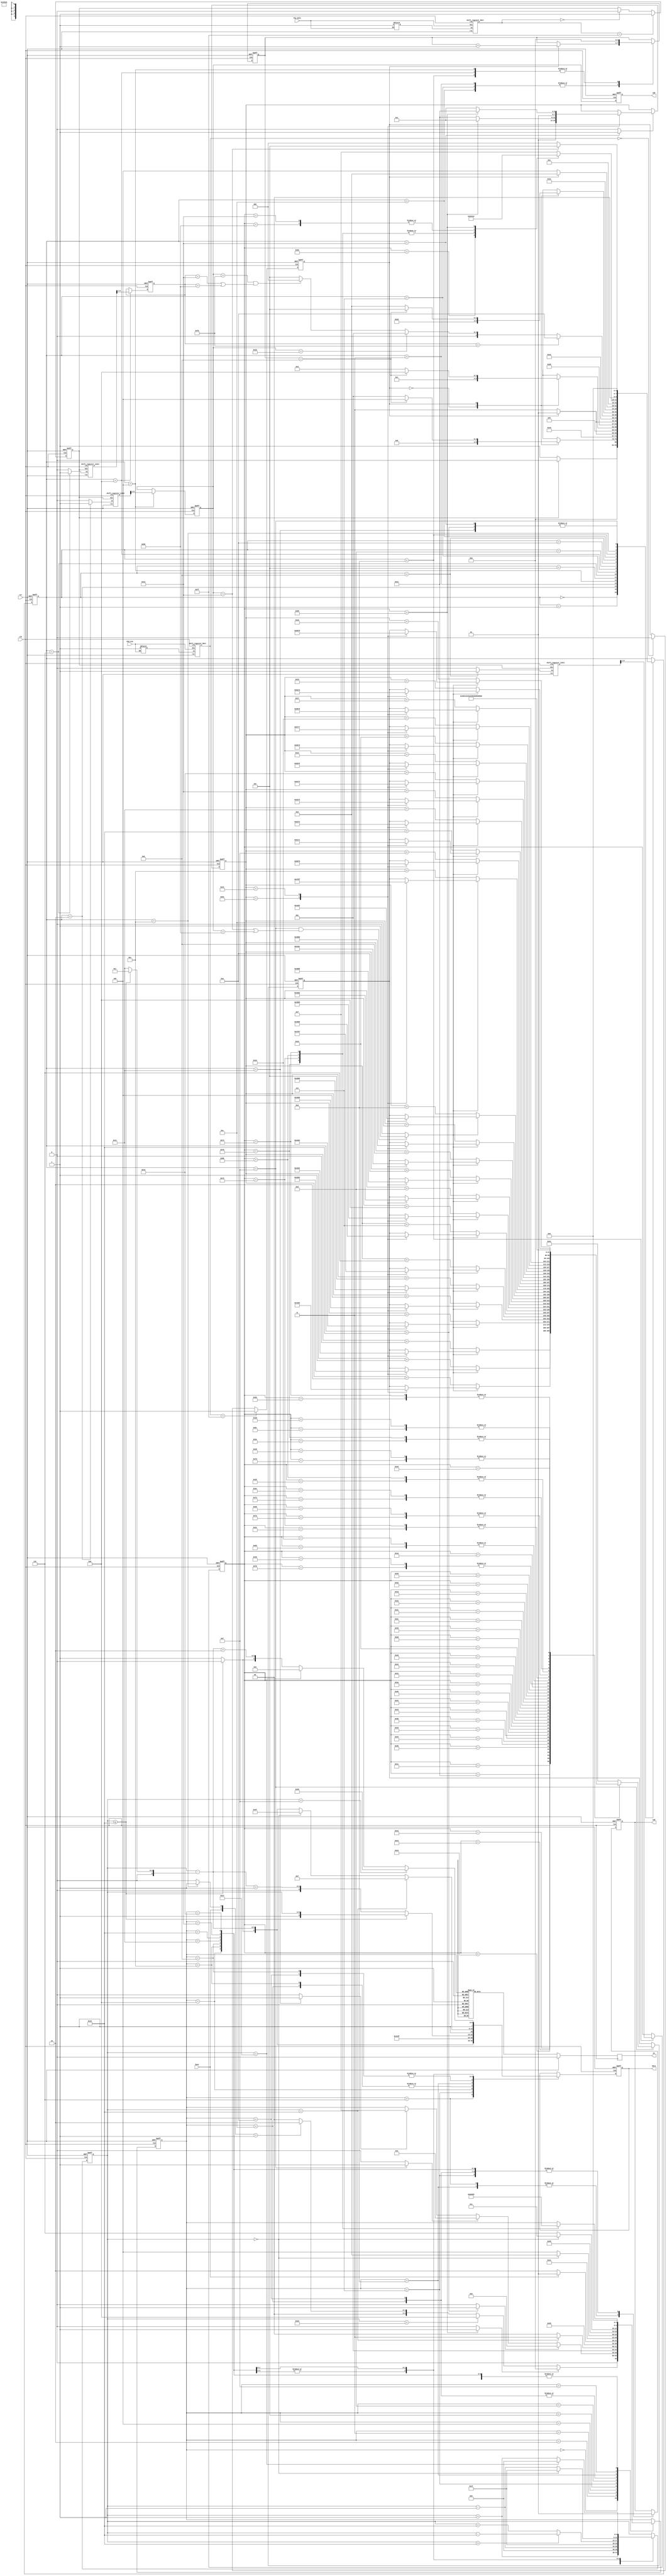
`timescale 1ns / 1ps
module snaptest(
  input clk,
  input rst,
  input busy,
  input PS2_CLK,
  input PS2_DATA,
  output reg en,
  output reg cmd,
  output reg [7:0] data,
  output reg [7:0] LED
  );

  reg ps2cf;
  reg ps2df;

  reg en_sr_clk_filter;
  reg en_sr_data_filter;
  wire [7:0] ps2_clk_filter;
  wire [7:0] ps2_data_filter;

  shift_register_8bit S1 (
    .clk(clk),
    .rst(rst),
    .en(en_sr_clk_filter),
    .din(PS2_CLK),
    .sr(ps2_clk_filter)
    );

  shift_register_8bit S2 (
    .clk(clk),
    .rst(rst),
    .en(en_sr_data_filter),
    .din(PS2_DATA),
    .sr(ps2_data_filter)
    );

  always @ (*)
    if (PS2_CLK) en_sr_clk_filter <= 1'b1;

  always @ (posedge clk, posedge rst)
    if (rst)
      ps2cf <= 1'b1;  // idle state
    else
      if (ps2_clk_filter == 8'hff) ps2cf <= 1'b1;
      else if (ps2_clk_filter == 8'h00) ps2cf <= 0;

  always @ (*)
    if (PS2_DATA) en_sr_data_filter <= 1'b1;

  always @ (posedge clk, posedge rst)
    if (rst)
      ps2df <= 1'b1;  // idle state
    else
      if (ps2_data_filter == 8'hff) ps2df <= 1'b1;
      else if (ps2_data_filter == 8'h00) ps2df <= 0;

  wire en_sr_keyval1;
  wire en_sr_keyval2;
  wire en_sr_keyval3;

  wire [10:0] sr_val1;
  wire [10:0] sr_val2;
  wire [10:0] sr_val3;

  reg [7:0] keyval1;
  reg [7:0] keyval2;
  reg [7:0] keyval3;

  shift_register_11bit SE1 (
    .clk(clk),
    .rst(rst),
    .en(en_sr_keyval1),
    .din(ps2df),
    .sr(sr_val1)
    );

  shift_register_11bit SE2 (
    .clk(clk),
    .rst(rst),
    .en(en_sr_keyval2),
    .din(ps2df),
    .sr(sr_val2)
    );

  shift_register_11bit SE3 (
    .clk(clk),
    .rst(rst),
    .en(en_sr_keyval3),
    .din(ps2df),
    .sr(sr_val3)
    );

  reg [4:0] state;
  reg [3:0] bit_count;

  /**
    * "State machine for getting keyboard data from PS2_CLK and PS2_DATA signal"
    *
    * WTCLKLO, SHIFT_IN, WTCLKHI, GETKEY -> The combination of these states gets
    * 11 bits of data from PS2_DATA and PS2_CLK signals. This data is stored
    * in a shift register
    */
  parameter IDLE = 5'd0;
  parameter WTCLKLO1 = 5'd1;
  parameter SHIFT1_IN = 5'd2;
  parameter WTCLKHI1 = 5'd3;
  parameter GETKEY1 = 5'd4;
  parameter WTCLKLO2 = 5'd5;
  parameter SHIFT2_IN = 5'd6;
  parameter WTCLKHI2 = 5'd7;
  parameter GETKEY2 = 5'd8;
  parameter BREAKEY = 5'd9;
  parameter WTCLKLO3 = 5'd10;
  parameter SHIFT3_IN = 5'd11;
  parameter WTCLKHI3 = 5'd12;
  parameter GETKEY3 = 5'd13;
  parameter SENDDATA = 5'd14;
  parameter SENDASCII = 5'd15;
  parameter SENDBACKSPACE = 5'd16;
  parameter SENDARROWKEY = 5'd17;
  parameter SENDCAPSLOCK = 5'd18;

  always @ (posedge clk, posedge rst) begin
    if (rst) begin
      state <= 0;
    end
    else begin
      case (state)
        IDLE:
          if (ps2df) state <= IDLE;
          else state <= WTCLKLO1;
        WTCLKLO1:
          case (ps2cf)
            1'b0: state <= SHIFT1_IN;
            1'b1:
              if (bit_count == 11) state <= GETKEY1;
              else state <= WTCLKLO1;
          endcase
        SHIFT1_IN: state <= WTCLKHI1;
        WTCLKHI1:
          if (ps2cf) state <= WTCLKLO1;
          else state <= WTCLKHI1;
        GETKEY1: state <= WTCLKLO2;

		    WTCLKLO2:
          case (ps2cf)
            1'b0: state <= SHIFT2_IN;
            1'b1:
              if (bit_count == 11) state <= GETKEY2;
              else state <= WTCLKLO2;
          endcase
        SHIFT2_IN: state <= WTCLKHI2;
        WTCLKHI2:
          if (ps2cf) state <= WTCLKLO2;
          else state <= WTCLKHI2;
        GETKEY2: state <= BREAKEY;

        BREAKEY:
          if (keyval2 == 8'hF0)
            state <= WTCLKLO3;
          else if (keyval1 == 8'hE0)
            state <= WTCLKLO1;
          else if ((keyval1 == 8'hF0) && ((keyval2 == 8'h12) || (keyval2 == 8'h59))) // for shift key release
            state <= IDLE;
          else
            state <= WTCLKLO2;

        WTCLKLO3:
          case (ps2cf)
            1'b0: state <= SHIFT3_IN;
            1'b1:
              if (bit_count == 11) state <= GETKEY3;
              else state <= WTCLKLO3;
          endcase
        SHIFT3_IN: state <= WTCLKHI3;
        WTCLKHI3:
          if (ps2cf) state <= WTCLKLO3;
          else state <= WTCLKHI3;
        GETKEY3: state <= SENDDATA;
		    SENDDATA:
    			case (keyval3)
    				8'h66: state <= SENDBACKSPACE;
    				8'h75, 8'h6B, 8'h72, 8'h74: state <= SENDARROWKEY;
            8'h12, 8'h59: state <= IDLE; // if shift key is released w/o letter
            8'h58: state <= SENDCAPSLOCK;
    				default: state <= SENDASCII;
    			endcase

        SENDASCII:
          if (keyval1 == 8'h12)
            state <= WTCLKLO2;
          else
            state <= IDLE;

		    SENDARROWKEY, SENDBACKSPACE, SENDCAPSLOCK: state <= IDLE;
		endcase
    end
  end

  always @ (posedge clk, posedge rst) begin
    if (rst) begin
      bit_count <= 0;
    end
    else begin
      case (state)
        WTCLKHI1, WTCLKHI2, WTCLKHI3:
          if (ps2cf) bit_count <= bit_count + 1;
        GETKEY1, GETKEY2, GETKEY3:
          bit_count <= 0;
        default:
          bit_count <= bit_count;
      endcase
    end
  end

  assign en_sr_keyval1 = (state == SHIFT1_IN) ? 1'b1 : 0;
  assign en_sr_keyval2 = (state == SHIFT2_IN) ? 1'b1 : 0;
  assign en_sr_keyval3 = (state == SHIFT3_IN) ? 1'b1 : 0;

  always @ (posedge clk, posedge rst) begin
    if (rst)
      keyval1 <= 0;
    else
      if (state == GETKEY1)
        keyval1 <= sr_val1[9:1];
  end

  always @ (posedge clk, posedge rst) begin
    if (rst)
      keyval2 <= 0;
    else
      if (state == GETKEY2)
        keyval2 <= sr_val2[9:1];
  end

  always @ (posedge clk, posedge rst) begin
    if (rst)
      keyval3 <= 0;
    else
      if (state == GETKEY3)
        keyval3 <= sr_val3[9:1];
  end

	reg data_ready;
	always @ (*)
		if (state == SENDDATA)
			data_ready <= 1'b1;
		else
			data_ready <= 0;


	reg [7:0] ascii;
	reg ascii_read;
	reg backspace_read;
	reg arrowkey_read;
  reg shiftkey_read;
  reg capslock_read;

  always @ (*)
    if (state == SENDCAPSLOCK)
      capslock_read <= 1'b1;
    else
      capslock_read <= 0;

  always @ (*)
    if ((state == SENDASCII) && ((keyval1 == 8'h12) || (keyval1 == 8'h59)))
      shiftkey_read <= 1'b1;
    else
      shiftkey_read <= 0;

  always @ (*)
    if (state == SENDASCII)
      ascii_read <= 1'b1;
    else
      ascii_read <= 0;

  always @ (*)
    if (state == SENDBACKSPACE)
      backspace_read <= 1'b1;
    else
      backspace_read <= 0;

  always @ (*)
    if (state == SENDARROWKEY)
      arrowkey_read <= 1'b1;
    else
      arrowkey_read <= 0;

  parameter caps_small_base = 8'h61;
	parameter caps_large_base = 8'h41;
	reg [7:0] caps_base;

	always @ (posedge clk, posedge rst)
    if (rst)
      caps_base <= caps_small_base;
    else
      if (capslock_read)
        case (caps_base)
          caps_small_base:
            if (keyval3 == 8'h58) caps_base <= caps_large_base;
            else caps_base <= caps_small_base;
          caps_large_base:
            if (keyval3 == 8'h58) caps_base <= caps_small_base;
            else caps_base <= caps_large_base;
        endcase

	always @ (posedge clk, posedge rst) begin
		if (rst) begin
			ascii <= 0;
		end
		else begin
			if (state == SENDASCII) begin
				case (keyval3)
					8'h1C:
            if (shiftkey_read)
              case (caps_base)
                caps_small_base: ascii <= (caps_large_base + 0);
                caps_large_base: ascii <= (caps_small_base + 0);
              endcase
            else
              ascii <= (caps_base + 0);	// a

					8'h32:
            if (shiftkey_read)
              case (caps_base)
                caps_small_base: ascii <= (caps_large_base + 1);
                caps_large_base: ascii <= (caps_small_base + 1);
              endcase
            else
              ascii <= (caps_base + 1);	// b

					8'h21:
            if (shiftkey_read)
              case (caps_base)
                caps_small_base: ascii <= (caps_large_base + 2);
                caps_large_base: ascii <= (caps_small_base + 2);
              endcase
            else
              ascii <= (caps_base + 2);	// c

					8'h23:
            if (shiftkey_read)
              case (caps_base)
                caps_small_base: ascii <= (caps_large_base + 3);
                caps_large_base: ascii <= (caps_small_base + 3);
              endcase
            else
              ascii <= (caps_base + 3);	// d

					8'h24:
            if (shiftkey_read)
              case (caps_base)
                caps_small_base: ascii <= (caps_large_base + 4);
                caps_large_base: ascii <= (caps_small_base + 4);
              endcase
            else
              ascii <= (caps_base + 4);	// e

					8'h2B:
            if (shiftkey_read)
              case (caps_base)
                caps_small_base: ascii <= (caps_large_base + 5);
                caps_large_base: ascii <= (caps_small_base + 5);
              endcase
            else
              ascii <= (caps_base + 5);	// f

					8'h34:
            if (shiftkey_read)
              case (caps_base)
                caps_small_base: ascii <= (caps_large_base + 6);
                caps_large_base: ascii <= (caps_small_base + 6);
              endcase
            else
              ascii <= (caps_base + 6);	// g

					8'h33:
            if (shiftkey_read)
              case (caps_base)
                caps_small_base: ascii <= (caps_large_base + 7);
                caps_large_base: ascii <= (caps_small_base + 7);
              endcase
            else
              ascii <= (caps_base + 7);	// h

					8'h43:
            if (shiftkey_read)
              case (caps_base)
                caps_small_base: ascii <= (caps_large_base + 8);
                caps_large_base: ascii <= (caps_small_base + 8);
              endcase
            else
              ascii <= (caps_base + 8);	// i

					8'h3B:
            if (shiftkey_read)
              case (caps_base)
                caps_small_base: ascii <= (caps_large_base + 9);
                caps_large_base: ascii <= (caps_small_base + 9);
              endcase
            else
              ascii <= (caps_base + 9);	// j

					8'h42:
            if (shiftkey_read)
              case (caps_base)
                caps_small_base: ascii <= (caps_large_base + 10);
                caps_large_base: ascii <= (caps_small_base + 10);
              endcase
            else
              ascii <= (caps_base + 10);	// k

					8'h4B:
            if (shiftkey_read)
              case (caps_base)
                caps_small_base: ascii <= (caps_large_base + 11);
                caps_large_base: ascii <= (caps_small_base + 11);
              endcase
            else
              ascii <= (caps_base + 11);	// l

					8'h3A:
            if (shiftkey_read)
              case (caps_base)
                caps_small_base: ascii <= (caps_large_base + 12);
                caps_large_base: ascii <= (caps_small_base + 12);
              endcase
            else
              ascii <= (caps_base + 12);	// m

					8'h31:
            if (shiftkey_read)
              case (caps_base)
                caps_small_base: ascii <= (caps_large_base + 13);
                caps_large_base: ascii <= (caps_small_base + 13);
              endcase
            else
              ascii <= (caps_base + 13);	// n

					8'h44:
            if (shiftkey_read)
              case (caps_base)
                caps_small_base: ascii <= (caps_large_base + 14);
                caps_large_base: ascii <= (caps_small_base + 14);
              endcase
            else
              ascii <= (caps_base + 14);	// o

					8'h4D:
            if (shiftkey_read)
              case (caps_base)
                caps_small_base: ascii <= (caps_large_base + 15);
                caps_large_base: ascii <= (caps_small_base + 15);
              endcase
            else
              ascii <= (caps_base + 15);	// p

					8'h15:
            if (shiftkey_read)
              case (caps_base)
                caps_small_base: ascii <= (caps_large_base + 16);
                caps_large_base: ascii <= (caps_small_base + 16);
              endcase
            else
              ascii <= (caps_base + 16);	// q

					8'h2D:
            if (shiftkey_read)
              case (caps_base)
                caps_small_base: ascii <= (caps_large_base + 17);
                caps_large_base: ascii <= (caps_small_base + 17);
              endcase
            else
              ascii <= (caps_base + 17);	// r

					8'h1B:
            if (shiftkey_read)
              case (caps_base)
                caps_small_base: ascii <= (caps_large_base + 18);
                caps_large_base: ascii <= (caps_small_base + 18);
              endcase
            else
              ascii <= (caps_base + 18);	// s

					8'h2C:
            if (shiftkey_read)
              case (caps_base)
                caps_small_base: ascii <= (caps_large_base + 19);
                caps_large_base: ascii <= (caps_small_base + 19);
              endcase
            else
              ascii <= (caps_base + 19);	// t

					8'h3C:
            if (shiftkey_read)
              case (caps_base)
                caps_small_base: ascii <= (caps_large_base + 20);
                caps_large_base: ascii <= (caps_small_base + 20);
              endcase
            else
              ascii <= (caps_base + 20);	// u

					8'h2A:
            if (shiftkey_read)
              case (caps_base)
                caps_small_base: ascii <= (caps_large_base + 21);
                caps_large_base: ascii <= (caps_small_base + 21);
              endcase
            else
              ascii <= (caps_base + 21);	// v

					8'h1D:
            if (shiftkey_read)
              case (caps_base)
                caps_small_base: ascii <= (caps_large_base + 22);
                caps_large_base: ascii <= (caps_small_base + 22);
              endcase
            else
              ascii <= (caps_base + 22);	// w

					8'h22:
            if (shiftkey_read)
              case (caps_base)
                caps_small_base: ascii <= (caps_large_base + 23);
                caps_large_base: ascii <= (caps_small_base + 23);
              endcase
            else
              ascii <= (caps_base + 23);	// x

					8'h35:
            if (shiftkey_read)
              case (caps_base)
                caps_small_base: ascii <= (caps_large_base + 24);
                caps_large_base: ascii <= (caps_small_base + 24);
              endcase
            else
              ascii <= (caps_base + 24);	// y

					8'h1A:
            if (shiftkey_read)
              case (caps_base)
                caps_small_base: ascii <= (caps_large_base + 25);
                caps_large_base: ascii <= (caps_small_base + 25);
              endcase
            else
              ascii <= (caps_base + 25);	// z

					8'h45, 8'h70: ascii <= 8'h30;	// 0
					8'h16, 8'h69: ascii <= 8'h31;	// 1
					8'h1E, 8'h72: ascii <= 8'h32;	// 2
					8'h26, 8'h7A: ascii <= 8'h33;	// 3
					8'h25, 8'h6B: ascii <= 8'h34;	// 4
					8'h2E, 8'h73: ascii <= 8'h35;	// 5
					8'h36, 8'h74: ascii <= 8'h36;	// 6
					8'h3D, 8'h6C: ascii <= 8'h37;	// 7
					8'h3E, 8'h75: ascii <= 8'h38;	// 8
					8'h46, 8'h7D: ascii <= 8'h39;	// 9

					8'h29: ascii <= 8'h20;
					default: ascii <= 8'h41;
				endcase
			end
		end
	end

	assign caps_lock_make_code = (keyval3 == 8'h58) ? 1'b1 : 0;

  parameter S_IDLE = 5'd0;
  parameter S_2 = 5'd2;
  parameter S_ASCII = 5'd3;
  parameter S_WRASCII1 = 5'd4;
  parameter S_WRASCII2 = 5'd5;
  parameter S_WRASCII3 = 5'd6;
  parameter S_CNT16 = 5'd7;
  parameter S_CNT32 = 5'd8;
  parameter S_BACKSPACE = 5'd9;
  parameter S_MOVEADDRLOWRIGHTA = 5'd10;
  parameter S_MOVEADDRLOWRIGHTB = 5'd11;
  parameter S_MOVEADDRLEFTA = 5'd12;
  parameter S_WRSPACE = 5'd13;
  parameter S_MOVEADDRLEFTB = 5'd14;
  parameter S_ARROWKEY = 5'd15;
  parameter S_MOVEADDRARWUP = 5'd16;
  parameter S_MOVEADDRARWDOWN = 5'd17;
  parameter S_MOVEADDRARWLEFT = 5'd18;
  parameter S_MOVEADDRARWRIGHT = 5'd19;

  reg [4:0] data_controller_state;
  reg [5:0] char_count;

  always @ (posedge clk, posedge rst)
    if (rst)
      data_controller_state <= S_IDLE;
    else
      case(data_controller_state)
        S_IDLE:
    			if (!caps_lock_make_code)
            if (char_count == 6'd32)
              data_controller_state <= S_CNT32;
            else
      				case ({busy, data_ready})
      					2'b10: data_controller_state <= S_IDLE;
      					2'b01: data_controller_state <= S_2;
      					default: data_controller_state <= S_IDLE;
      				endcase
    			else
    				data_controller_state <= S_IDLE;

        S_2:
    			if (backspace_read)
    				data_controller_state <= S_BACKSPACE;
    			else if (ascii_read)
    				data_controller_state <= S_ASCII;
    			else if (arrowkey_read)
    				data_controller_state <= S_ARROWKEY;

        S_ASCII:
          if (char_count == 6'd16)
            data_controller_state <= S_CNT16;
          else
            data_controller_state <= S_WRASCII1;

  		  S_WRASCII1: data_controller_state <= S_WRASCII2;

  		  S_WRASCII2:
    			if (!busy)
    				data_controller_state <= S_WRASCII3;
    			else
    				data_controller_state <= S_WRASCII2;

  		  S_WRASCII3: data_controller_state <= S_IDLE;

  		  S_CNT16: data_controller_state <= S_WRASCII1;
  		  S_CNT32: data_controller_state <= S_IDLE;

  		  S_BACKSPACE:
    			if (char_count == 0)
    				data_controller_state <= S_MOVEADDRLOWRIGHTA;
    			else
    				data_controller_state <= S_MOVEADDRLEFTA;

  		  S_MOVEADDRLEFTA: data_controller_state <= S_WRSPACE;
  		  S_MOVEADDRLOWRIGHTA: data_controller_state <= S_WRSPACE;

  		  S_WRSPACE:
    			if (char_count == 0)
    				data_controller_state <= S_MOVEADDRLOWRIGHTB;
    			else
    				data_controller_state <= S_MOVEADDRLEFTB;

  		  S_MOVEADDRLEFTB: data_controller_state <= S_IDLE;
  		  S_MOVEADDRLOWRIGHTB: data_controller_state <= S_IDLE;

  		  S_ARROWKEY:
          case (keyval3)
            8'h75: data_controller_state <= S_MOVEADDRARWUP;
            8'h72: data_controller_state <= S_MOVEADDRARWDOWN;
            8'h6B: data_controller_state <= S_MOVEADDRARWLEFT;
            8'h74: data_controller_state <= S_MOVEADDRARWRIGHT;
          endcase

        S_MOVEADDRARWUP: data_controller_state <= S_IDLE;
        S_MOVEADDRARWDOWN: data_controller_state <= S_IDLE;
        S_MOVEADDRARWLEFT: data_controller_state <= S_IDLE;
        S_MOVEADDRARWRIGHT: data_controller_state <= S_IDLE;
		endcase

  reg [5:0] char_count_sub;
  reg line_bit;

	// line_bit signal
	always @ (*)
    if (char_count <= 6'd16)
      line_bit <= 0;
    else
      line_bit <= 1'b1;

	// char_count_sub signal
	always @ (*)
    if (char_count <= 6'd16)
      char_count_sub <= 6'd1;
    else
      char_count_sub <= 6'd17;

	// {cmd,data} output
  always @ (posedge clk, posedge rst)
    if (rst)
      {cmd,data} <= 0;
    else
  		case (data_controller_state)
  			S_WRASCII3: {cmd,data} <= {1'b0, ascii};
  			S_CNT16: {cmd,data} <= {1'b1, 8'hC0};
  			S_CNT32: {cmd,data} <= {1'b1, 8'h80};
  			S_MOVEADDRLEFTA,
        S_MOVEADDRLEFTB:
          {cmd, data} <= {1'b1, 1'b1, line_bit, char_count[5:0] - char_count_sub};
  			S_WRSPACE: {cmd, data} <= {1'b0, 8'h20};
  			S_MOVEADDRLOWRIGHTA, S_MOVEADDRLOWRIGHTB:
  				{cmd, data} <= {1'b1, 8'hCF};

        S_MOVEADDRARWUP, S_MOVEADDRARWDOWN:
          if (line_bit)
            // char_count_sub here is 6'd17
            {cmd, data} <= {1'b1, 1'b1, ~line_bit, char_count[5:0] - char_count_sub + 6'd1};
          else
            {cmd, data} <= {1'b1, 1'b1, ~line_bit, char_count[5:0]};

        S_MOVEADDRARWLEFT:
          if (char_count == 6'd16)
            {cmd, data} <= {1'b1, 8'h8F};
          else if (char_count == 6'd0)
            {cmd, data} <= {1'b1, 8'hCF};
          else
            {cmd, data} <= {1'b1, 1'b1, line_bit, char_count[5:0] - char_count_sub};

        S_MOVEADDRARWRIGHT:
          if (char_count == 6'd15)
            {cmd, data} <= {1'b1, 8'hC0};
          else if (char_count == 6'd31)
            {cmd, data} <= {1'b1, 8'h80};
          else
            {cmd, data} <= {1'b1, 1'b1, line_bit, char_count[5:0] - char_count_sub + 6'd2};
  		endcase

	// en output
  always @ (posedge clk)
    if (rst)
      en <= 0;
    else
  		case (data_controller_state)
  			S_WRASCII3,
        S_CNT16,
        S_CNT32,
        S_MOVEADDRLEFTA,
        S_MOVEADDRLEFTB,
  			S_WRSPACE,
        S_MOVEADDRLOWRIGHTA,
        S_MOVEADDRLOWRIGHTB,
        S_MOVEADDRARWUP,
        S_MOVEADDRARWDOWN,
        S_MOVEADDRARWLEFT,
        S_MOVEADDRARWRIGHT:
  				en <= 1'b1;
  			default:
  				en <= 0;
		  endcase

	always @ (posedge clk, posedge rst) begin
		if (rst)
			char_count <= 0;
		else
			case (data_controller_state)
				S_WRASCII3: char_count <= char_count + 1;
				S_CNT32: char_count <= 0;
				S_MOVEADDRLEFTB: char_count <= char_count - 1;
        S_MOVEADDRLOWRIGHTB: char_count <= 6'd31;
        S_MOVEADDRARWUP,
        S_MOVEADDRARWDOWN:
          if (char_count > 16)
            char_count <= char_count - 6'd16;
          else
            char_count <= char_count + 6'd16;
        S_MOVEADDRARWLEFT:
          if (char_count == 6'd0)
            char_count <= 6'd31;
          else
            char_count <= char_count - 1;
        S_MOVEADDRARWRIGHT:
          if (char_count == 6'd31)
            char_count <= 0;
          else
            char_count <= char_count + 1;
			endcase
	end

	always @ (posedge clk, posedge rst) begin
    if (rst)
      LED <= 0;
    else
		  LED <= keyval1;
  end
endmodule

module shift_register_11bit(
  input clk,
  input rst,
  input en,
  input din,
  output reg [10:0] sr
  );

  always @ (posedge clk, posedge rst)
    if (rst)
      sr <= 0;
    else
      if (en)
        sr <= {din, sr[10:1]};
endmodule

module shift_register_8bit(
  input clk,
  input rst,
  input en,
  input din,
  output reg [7:0] sr
  );

  always @ (posedge clk, posedge rst)
    if (rst)
      sr <= 8'hff;
    else
      if (en)
        sr <= {din, sr[7:1]};

endmodule